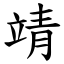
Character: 靖